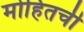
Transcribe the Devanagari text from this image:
मोहितची